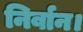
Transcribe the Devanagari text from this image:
निर्वान।